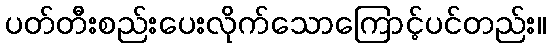
ပတ်တီးစည်းပေးလိုက်သောကြောင့်ပင်တည်း။